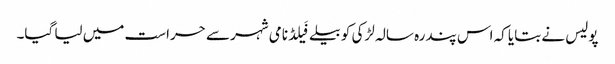
پولیس نے بتایا کہ اس پندرہ سالہ لڑکی کو بیلےفَیلڈ نامی شہر سے حراست میں لیا گیا۔